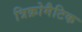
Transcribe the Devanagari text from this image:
त्रिक्रोमैटिक